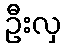
ဦးလှ